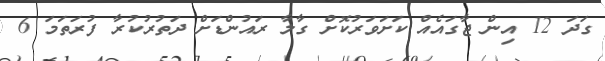
ގަދަ 12 އިން ޖާގައެއް ކަށަވަރުކޮށް ގާލާ ރައުންޑަށް ދަތުރުކުރާ ފުރަތަމަ 6